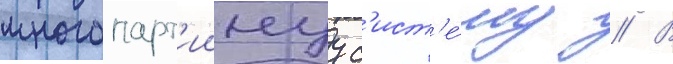
многопарт'иинуу с'ист'е́му // В